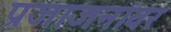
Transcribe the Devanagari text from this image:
प्रजाजनांवर